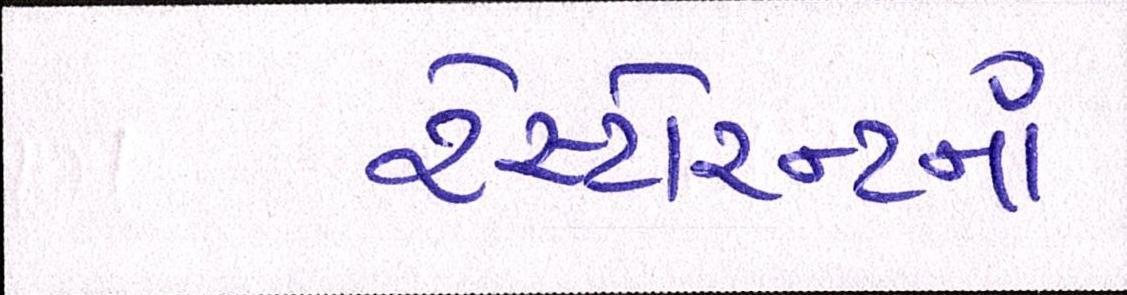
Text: રેસ્ટોરન્ટનાં